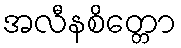
အလီနစိတ္တော